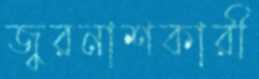
জ্বরনাশকারী